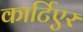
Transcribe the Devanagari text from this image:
कार्टिएर